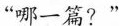
“哪一篇?”